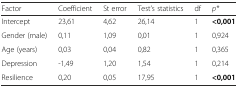
<table><thead><tr><td><b>Factor</b></td><td><b>Coefficient</b></td><td><b>St error</b></td><td><b>Test’s statistics</b></td><td><b>df</b></td><td><b><i>p*</i></b></td></tr></thead><tbody><tr><td>Intercept</td><td>23,61</td><td>4,62</td><td>26,14</td><td>1</td><td><b>&lt;0,001</b></td></tr><tr><td>Gender (male)</td><td>0,11</td><td>1,09</td><td>0,01</td><td>1</td><td>0,924</td></tr><tr><td>Age (years)</td><td>0,03</td><td>0,04</td><td>0,82</td><td>1</td><td>0,365</td></tr><tr><td>Depression</td><td>-1,49</td><td>1,20</td><td>1,54</td><td>1</td><td>0,214</td></tr><tr><td>Resilience</td><td>0,20</td><td>0,05</td><td>17,95</td><td>1</td><td><b>&lt;0,001</b></td></tr></tbody></table>